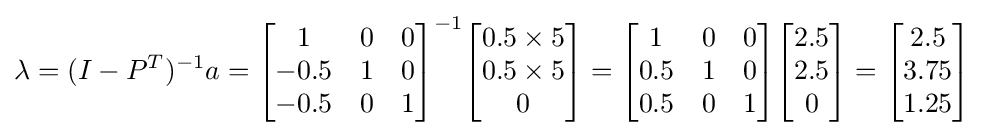
\lambda =(I-P^{T})^{-1}a={\begin{bmatrix}1&0&0\\-0.5&1&0\\-0.5&0&1\end{bmatrix}}^{-1}{\begin{bmatrix}0.5\times 5\\0.5\times 5\\0\end{bmatrix}}={\begin{bmatrix}1&0&0\\0.5&1&0\\0.5&0&1\end{bmatrix}}{\begin{bmatrix}2.5\\2.5\\0\end{bmatrix}}={\begin{bmatrix}2.5\\3.75\\1.25\end{bmatrix}}